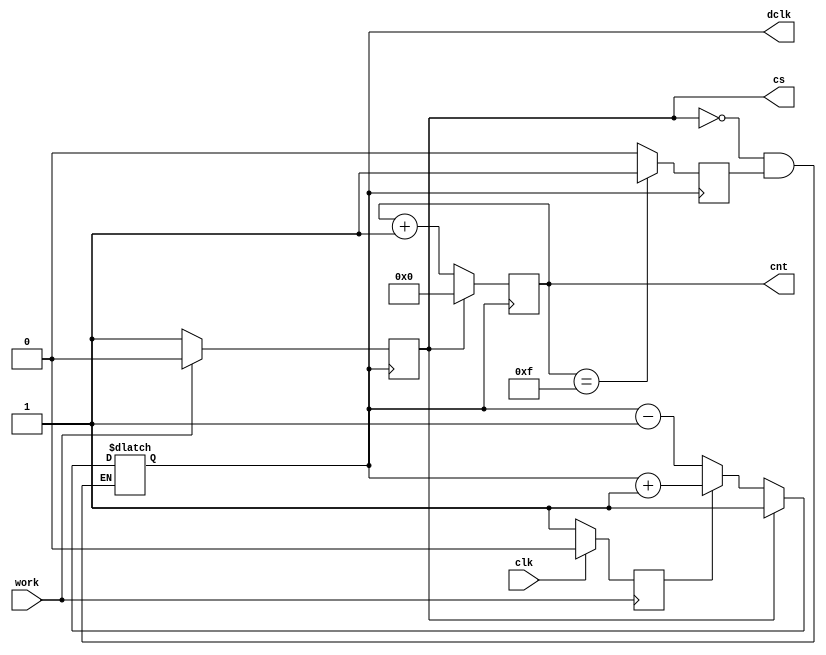
module dclk_cs_form (clk, dclk, work, cs, cnt);

input   wire      work;
input   wire      clk;
output  reg	      dclk;
output  reg       cs;
output  reg [3:0] cnt; 

reg invert, watchdog;

initial 
begin
	cnt <=4'b0000;
	cs <= 1'b1;
	dclk <= 1'b1;
	invert <= 0;
	watchdog <= 0;
end

always @(posedge work)
begin
	if (clk)
		invert <= 0;	
	else 
		invert <= 1;
end

always @(negedge dclk)
begin
	if (~cs)
		cnt <= cnt + 1;
	else
		cnt <= 0;
	if (cnt == 15)
		watchdog <= 1;
	else
		watchdog <= 0;
	if (work)
		cs<=0;
	else
		cs <= 1;
end

always
begin
	if (cs)
			dclk <= 1;
	else
		begin
			if (~watchdog)
				begin
					if (invert)
							dclk <= dclk + 1;
					else
							dclk <= dclk - 1;
				end
			//else
				//dclk <= 1;
		end
end

endmodule